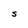
Character: S